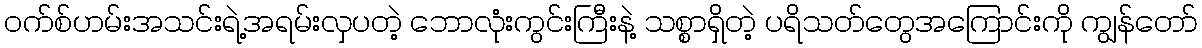
ဝက်စ်ဟမ်းအသင်းရဲ့အရမ်းလှပတဲ့ ဘောလုံးကွင်းကြီးနဲ့ သစ္စာရှိတဲ့ ပရိသတ်တွေအကြောင်းကို ကျွန်တော်